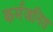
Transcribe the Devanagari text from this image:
कर्मजनित